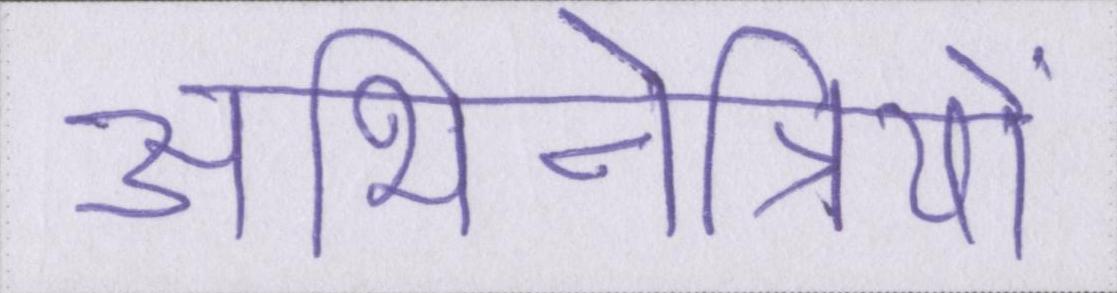
अभिनेत्रियों